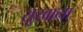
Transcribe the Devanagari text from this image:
सूखाना